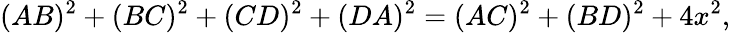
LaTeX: (AB)^{2}+(BC)^{2}+(CD)^{2}+(DA)^{2}=(AC)^{2}+(BD)^{2}+4x^{2},